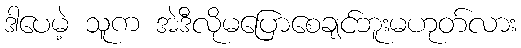
ဒါပေမဲ့ သူက အဲဒီလိုမပြောစေချင်ဘူးမဟုတ်လား